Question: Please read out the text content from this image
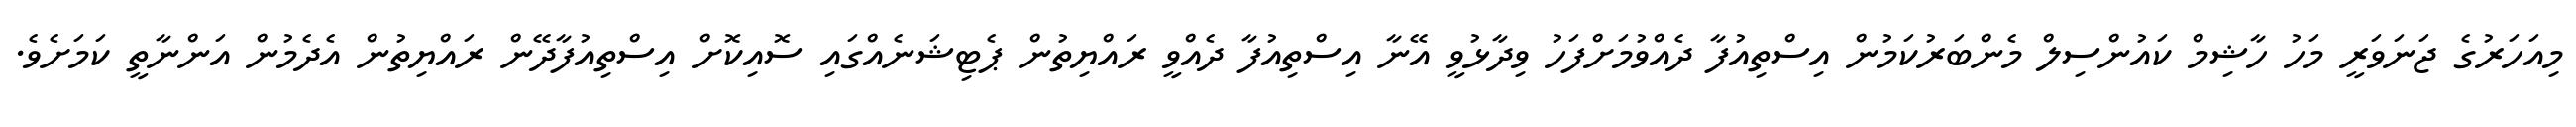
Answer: މިއަހަރުގެ ޖަނަވަރީ މަހު ހާޝިމް ކައުންސިލް މެންބަރުކަމުން އިސްތިއުފާ ދެއްވުމަށްފަހު ވިދާޅުވީ އޭނާ އިސްތިއުފާ ދެއްވީ ރައްޔިތުން ޕެޓިޝަނެއްގައި ސޮއިކޮށް އިސްތިއުފާދޭން ރައްޔިތުން އެދެމުން އަންނާތީ ކަމަށެވެ.